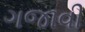
ગજાવી